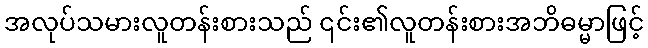
အလုပ်သမားလူတန်းစားသည် ၎င်း၏လူတန်းစားအဘိဓမ္မာဖြင့်